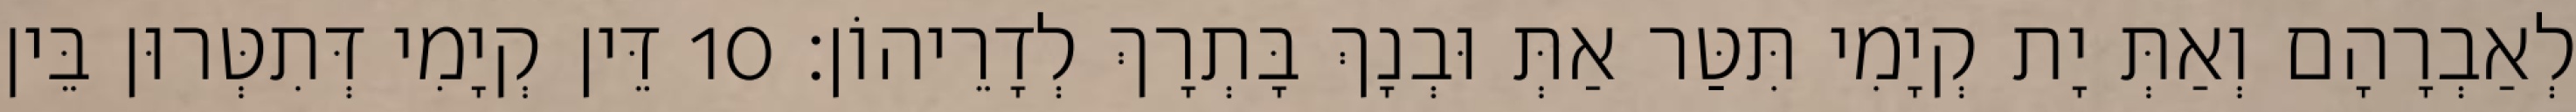
לְאַבְרָהָם וְאַתְּ יָת קְיָמִי תִּטַּר אַתְּ וּבְנָךְ בָּתְרָךְ לְדָרֵיהוֹן׃ 10 דֵּין קְיָמִי דְּתִטְּרוּן בֵּין